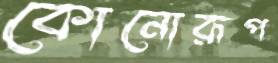
কোনোরূপ